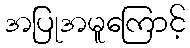
အပြုအမူကြောင့်